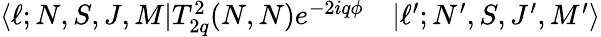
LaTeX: \begin{array}{rl}{\langle\ell;N,S,J,M|T_{2q}^{2}(N,N)e^{-2iq\phi}}&{{}|\ell^{\prime};N^{\prime},S,J^{\prime},M^{\prime}\rangle}\end{array}